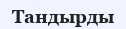
Тандырды